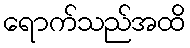
ရောက်သည်အထိ